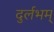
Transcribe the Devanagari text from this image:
दुर्लभम्